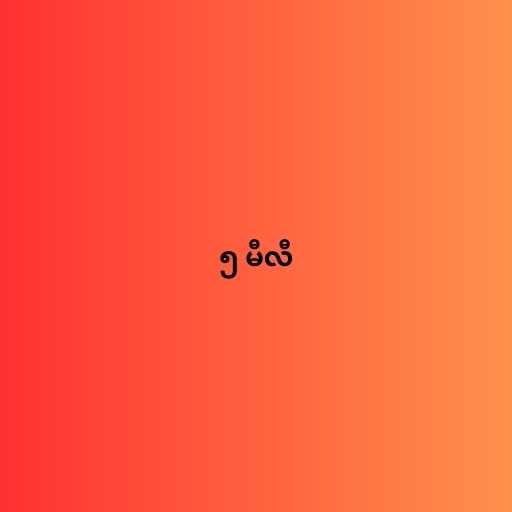
၅ မီလီ